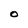
Character: O